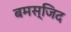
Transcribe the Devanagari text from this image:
बमस्जिद